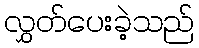
လွှတ်ပေးခဲ့သည်